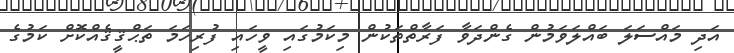
އަދި މައްސަލަ ބައްލަވަމުން ގެންދަވާ ފަރާތްތަކުން މިކަމުގައި ވީހައި ފުރިހަމަ ތަޙްޤީޤެއްކޮށް ކަމުގެ